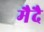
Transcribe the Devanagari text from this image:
मैदै